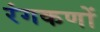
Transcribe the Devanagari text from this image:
रंगकणों